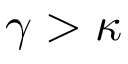
\gamma > \kappa